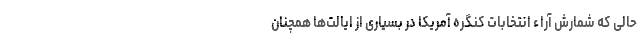
حالی که شمارش آراء انتخابات کنگره آمریکا در بسیاری از ایالت‌ها همچنان